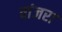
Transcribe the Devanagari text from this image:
वांजरा